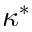
\kappa ^ { * }